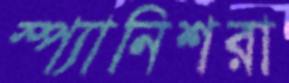
স্প্যানিশরা